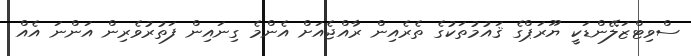
ސްވިޓްޒަލޭންޑަކީ ޔޫރަޕްގެ ޤައުމުތަކުގެ ތެރެއިން ރާއްޖެއަށް އެންމެ ގިނައިން ފަތުރުވެރިން އަންނަ އެއް